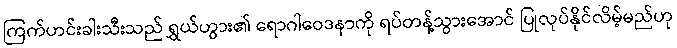
ကြက်ဟင်းခါးသီးသည် ရွှယ်ဟွား၏ ရောဂါဝေဒနာကို ရပ်တန့်သွားအောင် ပြုလုပ်နိုင်လိမ့်မည်ဟု